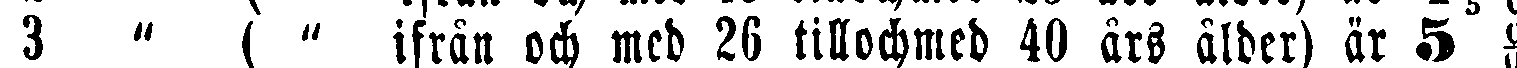
3 " ( " ifrån och med 26 tillochmed 40 års ålder) är 5 #